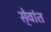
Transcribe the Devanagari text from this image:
से्वांत